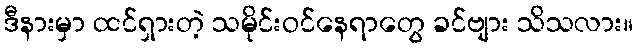
ဒီနားမှာ ထင်ရှားတဲ့ သမိုင်းဝင်နေရာတွေ ခင်ဗျား သိသလား။